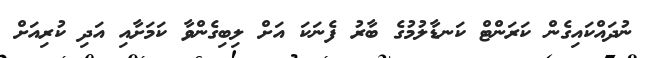
ނުދައްކައިގެން ކަރަންޓް ކަނޑާލުމުގެ ބާރު ފެނަކަ އަށް ލިބިގެންވާ ކަމަށާއި އަދި ކުރިއަށް